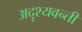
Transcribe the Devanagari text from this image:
अदृश्यवन्ती